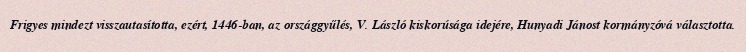
Frigyes mindezt visszautasította, ezért, 1446-ban, az országgyűlés, V. László kiskorúsága idejére, Hunyadi Jánost kormányzóvá választotta.